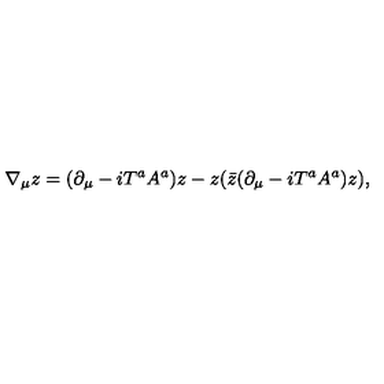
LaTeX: \nabla _ { \mu } z = ( \partial _ { \mu } - i T ^ { a } A ^ { a } ) z - z ( \bar { z } ( \partial _ { \mu } - i T ^ { a } A ^ { a } ) z ) ,